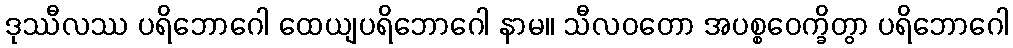
ဒုဿီလဿ ပရိဘောဂေါ ထေယျပရိဘောဂေါ နာမ။ သီလဝတော အပစ္စဝေက္ခိတွာ ပရိဘောဂေါ